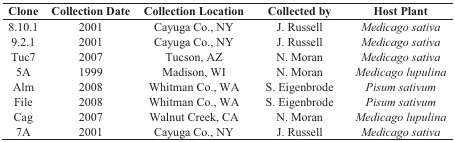
<table><thead><tr><td><b>Clone</b></td><td><b>Collection Date</b></td><td><b>Collection Location</b></td><td><b>Collected by</b></td><td><b>Host Plant</b></td></tr></thead><tbody><tr><td>8.10.1</td><td>2001</td><td>Cayuga Co., NY</td><td>J. Russell</td><td><i>Medicago sativa</i></td></tr><tr><td>9.2.1</td><td>2001</td><td>Cayuga Co., NY</td><td>J. Russell</td><td><i>Medicago sativa</i></td></tr><tr><td>Tuc7</td><td>2007</td><td>Tucson, AZ</td><td>N. Moran</td><td><i>Medicago sativa</i></td></tr><tr><td>5A</td><td>1999</td><td>Madison, WI</td><td>N. Moran</td><td><i>Medicago lupulina</i></td></tr><tr><td>Alm</td><td>2008</td><td>Whitman Co., WA</td><td>S. Eigenbrode</td><td><i>Pisum sativum</i></td></tr><tr><td>File</td><td>2008</td><td>Whitman Co., WA</td><td>S. Eigenbrode</td><td><i>Pisum sativum</i></td></tr><tr><td>Cag</td><td>2007</td><td>Walnut Creek, CA</td><td>N. Moran</td><td><i>Medicago lupulina</i></td></tr><tr><td>7A</td><td>2001</td><td>Cayuga Co., NY</td><td>J. Russell</td><td><i>Medicago sativa</i></td></tr></tbody></table>